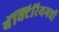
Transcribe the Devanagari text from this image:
बॅक्टिरियमची